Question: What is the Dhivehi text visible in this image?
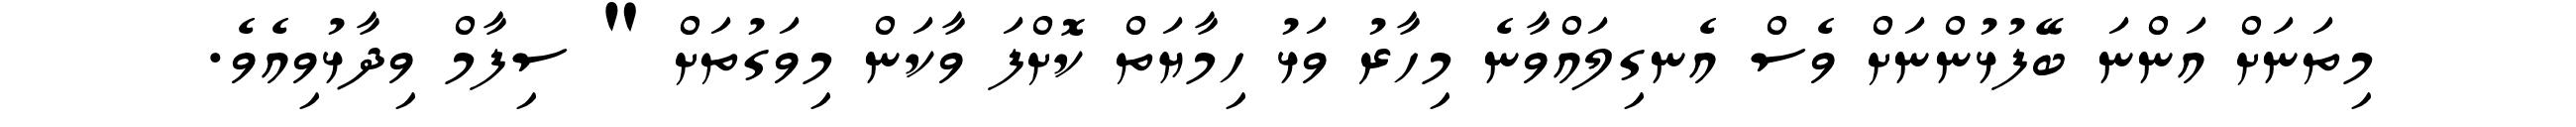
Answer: މިތަނަށް އަންނަ ބޭފުޅުންނަށް ވެސް އެނގިލައްވާނެ މިހާރު ވަޅު ހިމާޔަތް ކޮށްފަ ވާކަން މިވަގުތަށް " ސިފާމް ވިދާޅުވިއެވެ.